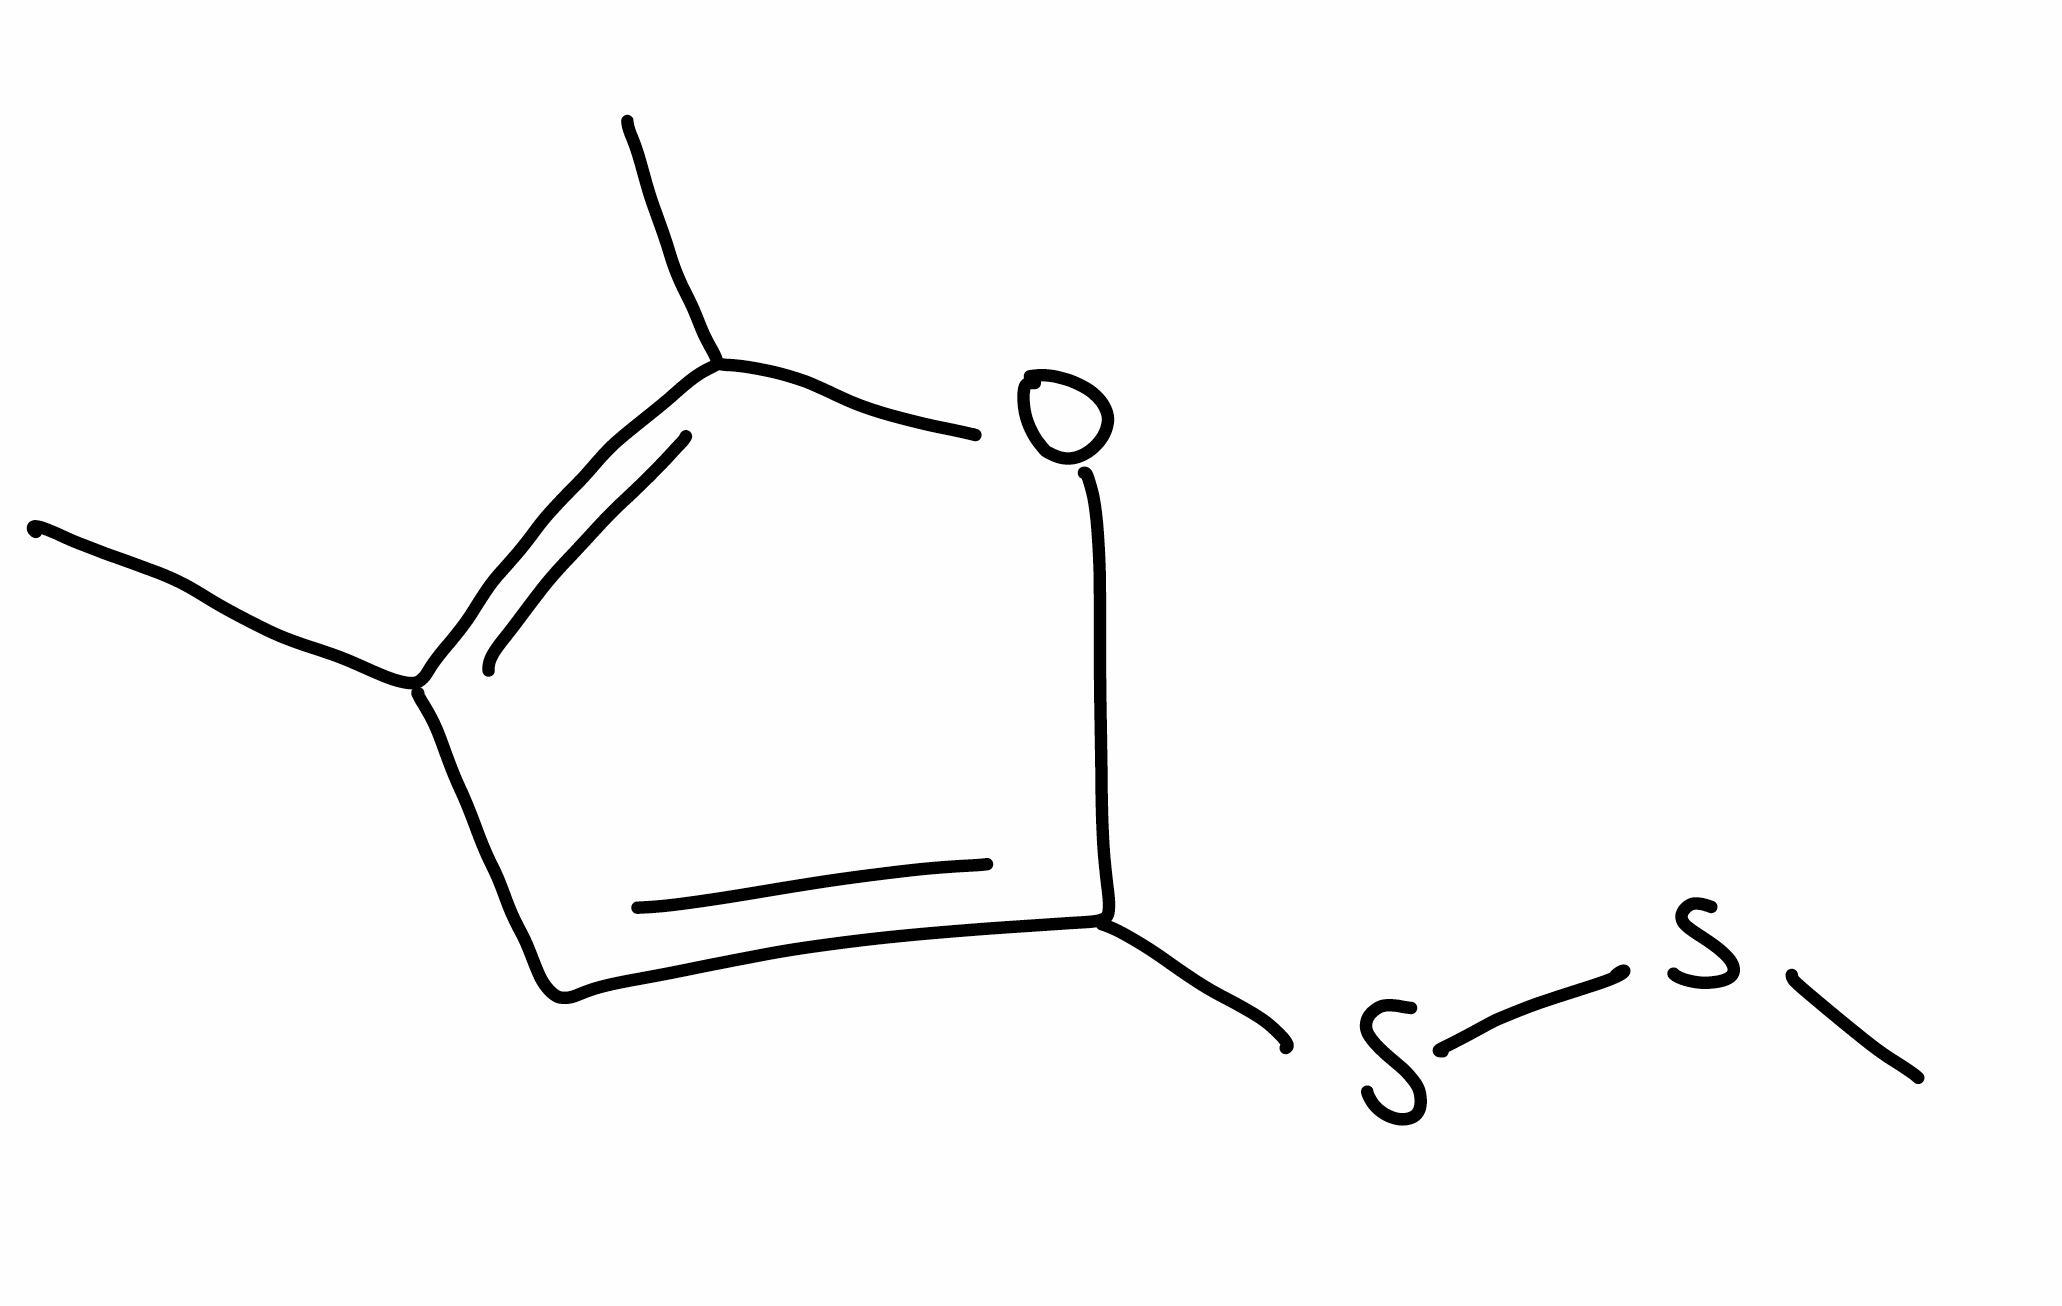
Simplified molecular-input line-entry system (SMILES) notation of the given molecule:
CC1=C(OC(=C1)SSC)C